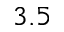
3 . 5